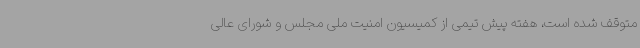
متوقف شده است، هفته پیش تیمی از کمیسیون امنیت ملی مجلس و شورای عالی